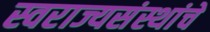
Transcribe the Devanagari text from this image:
स्वराज्यसंस्थांचे